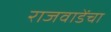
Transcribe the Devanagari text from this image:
राजवाडेंचा